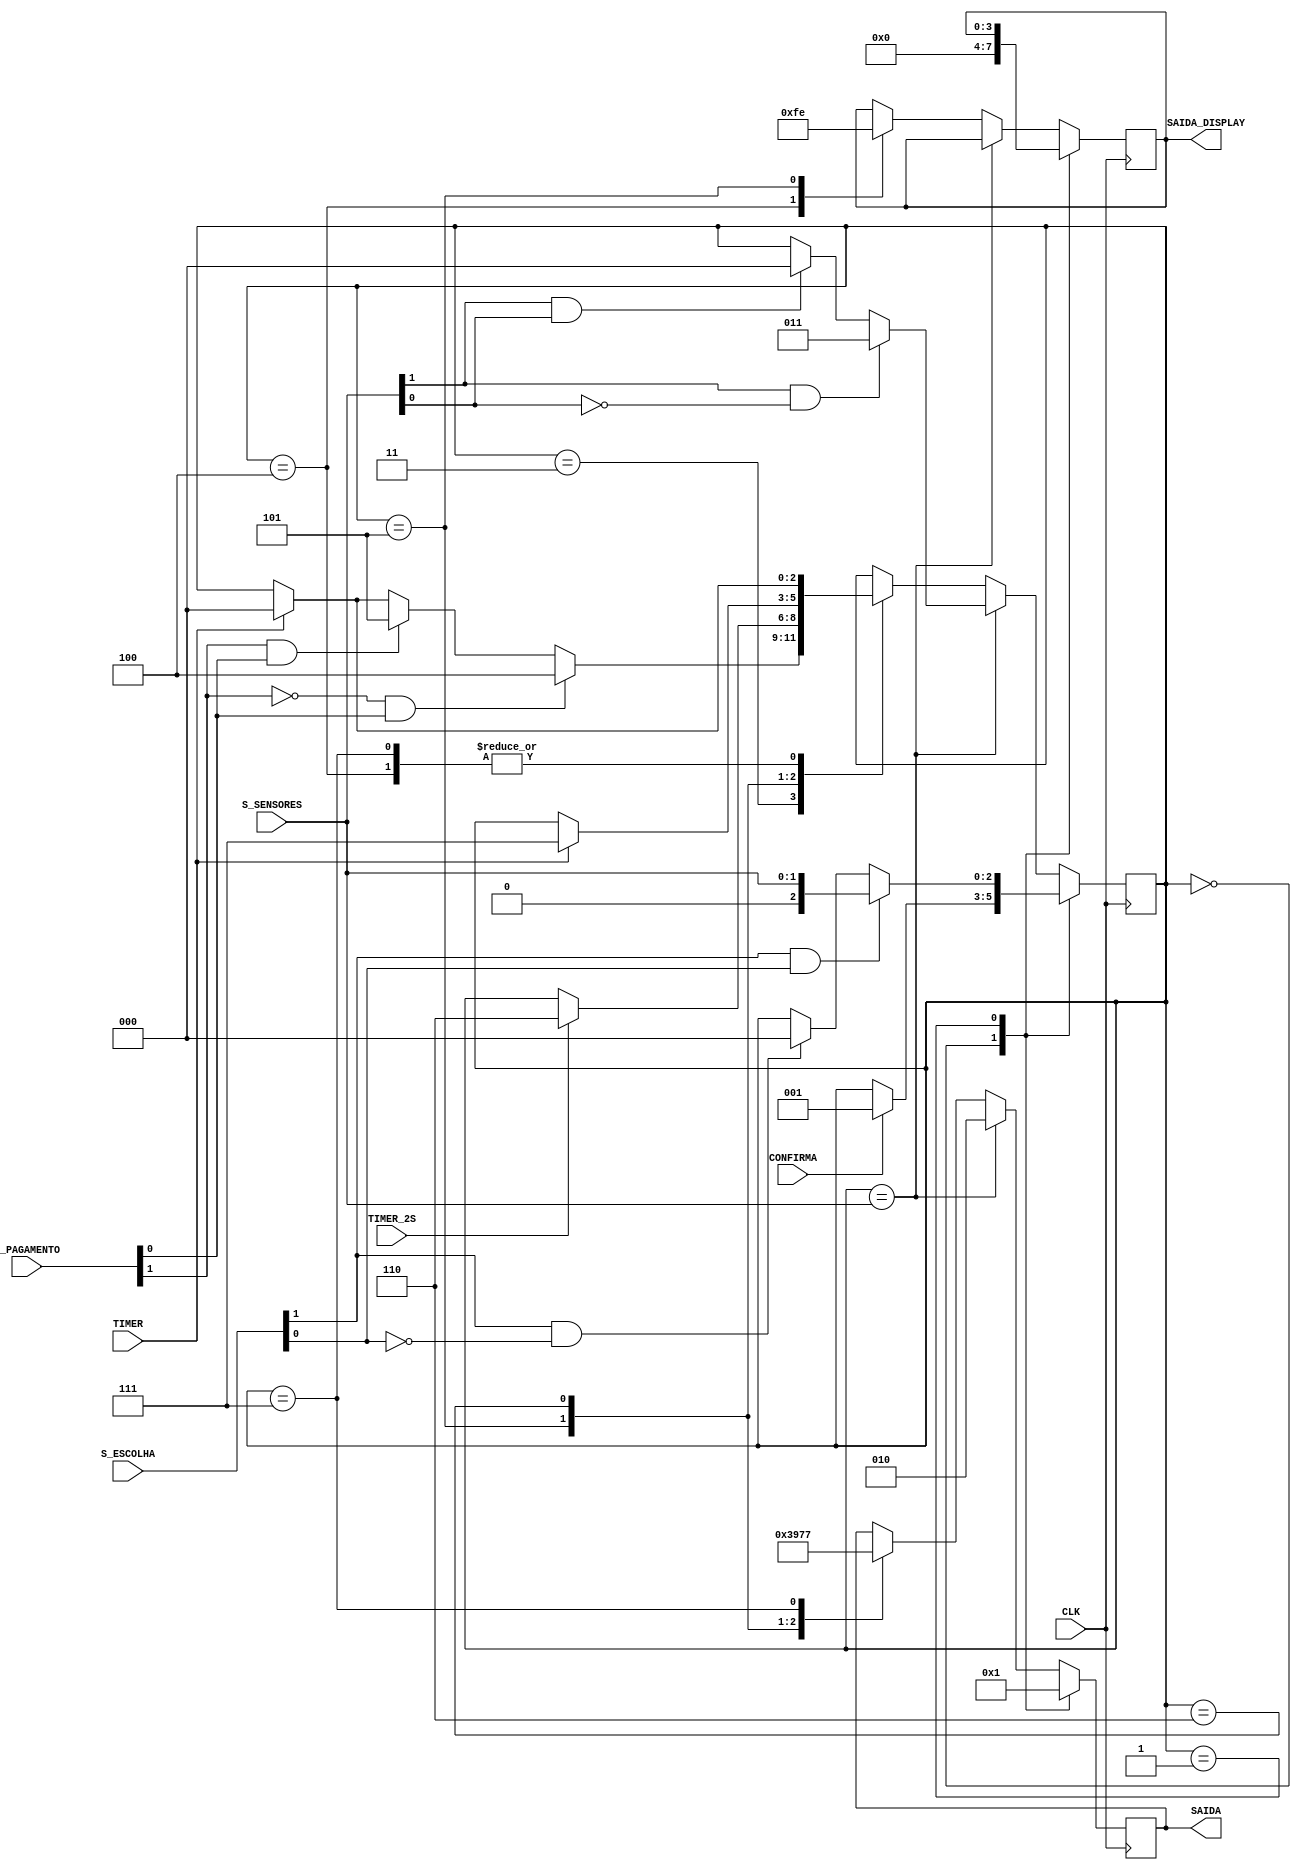
module MEFCafe( CLK , CONFIRMA, TIMER, TIMER_2S, S_SENSORES, S_PAGAMENTO, S_ESCOLHA, SAIDA_DISPLAY, SAIDA);
	input CLK , CONFIRMA, TIMER, TIMER_2S;
	input [1:0] S_SENSORES, S_PAGAMENTO, S_ESCOLHA;
	output reg [3:0] SAIDA_DISPLAY;
	output reg [2:0] SAIDA;
	
	reg [2:0] ESTADO;
	parameter ESPERANDO = 3'b000;
	parameter ESCOLHENDO = 3'b001;
	parameter SENSORES= 3'b010;
	parameter PAGAMENTO = 3'b011;
	parameter ERRO_VALOR = 3'b100;
	parameter PRESSURIZACAO = 3'b101;
	parameter AQUECIMENTO = 3'b110;
	parameter PRONTO = 3'b111;
	
	always @ ( posedge CLK ) begin
		case (ESTADO)
			ESPERANDO : begin 
				if (CONFIRMA) ESTADO = ESCOLHENDO;
					SAIDA_DISPLAY = 4'b0000;
					SAIDA = 3'b000;
			end
		
			ESCOLHENDO: begin
				if (S_ESCOLHA[1] && S_ESCOLHA[0]) ESTADO = S_SENSORES;
				else if (S_ESCOLHA[1] && !S_ESCOLHA[0]) ESTADO = ESPERANDO;
				SAIDA = 3'b001;
			end
				
			S_SENSORES: begin
				if (S_SENSORES[1] && !S_SENSORES[0]) ESTADO = PAGAMENTO;
				else if (S_SENSORES[1] && S_SENSORES[0]) ESTADO = ESPERANDO;
				SAIDA = 3'b010;
			end
			
			PAGAMENTO: begin
				if (!S_PAGAMENTO[1] && S_PAGAMENTO[0]) ESTADO = ERRO_VALOR;
				else if (S_PAGAMENTO[1] && S_PAGAMENTO[0]) ESTADO = PRESSURIZACAO;
				else if(TIMER) ESTADO = ESPERANDO;
				SAIDA = 3'b011;
			end
			
			ERRO_VALOR: begin
				if (TIMER) ESTADO = ESPERANDO;
				SAIDA_DISPLAY = 4'b1111;
				SAIDA = 3'b100;
			end
				
			PRESSURIZACAO: begin
				if (TIMER_2S) ESTADO = AQUECIMENTO;
				SAIDA_DISPLAY = 4'b1110;
				SAIDA = 3'b101;
			end
				
			AQUECIMENTO: begin
				if (TIMER) ESTADO = PRONTO;
				SAIDA = 3'b110;
			end
				
			PRONTO: begin
				if (TIMER) ESTADO = ESPERANDO;
				SAIDA = 3'b111;
			end
		endcase
	end
endmodule